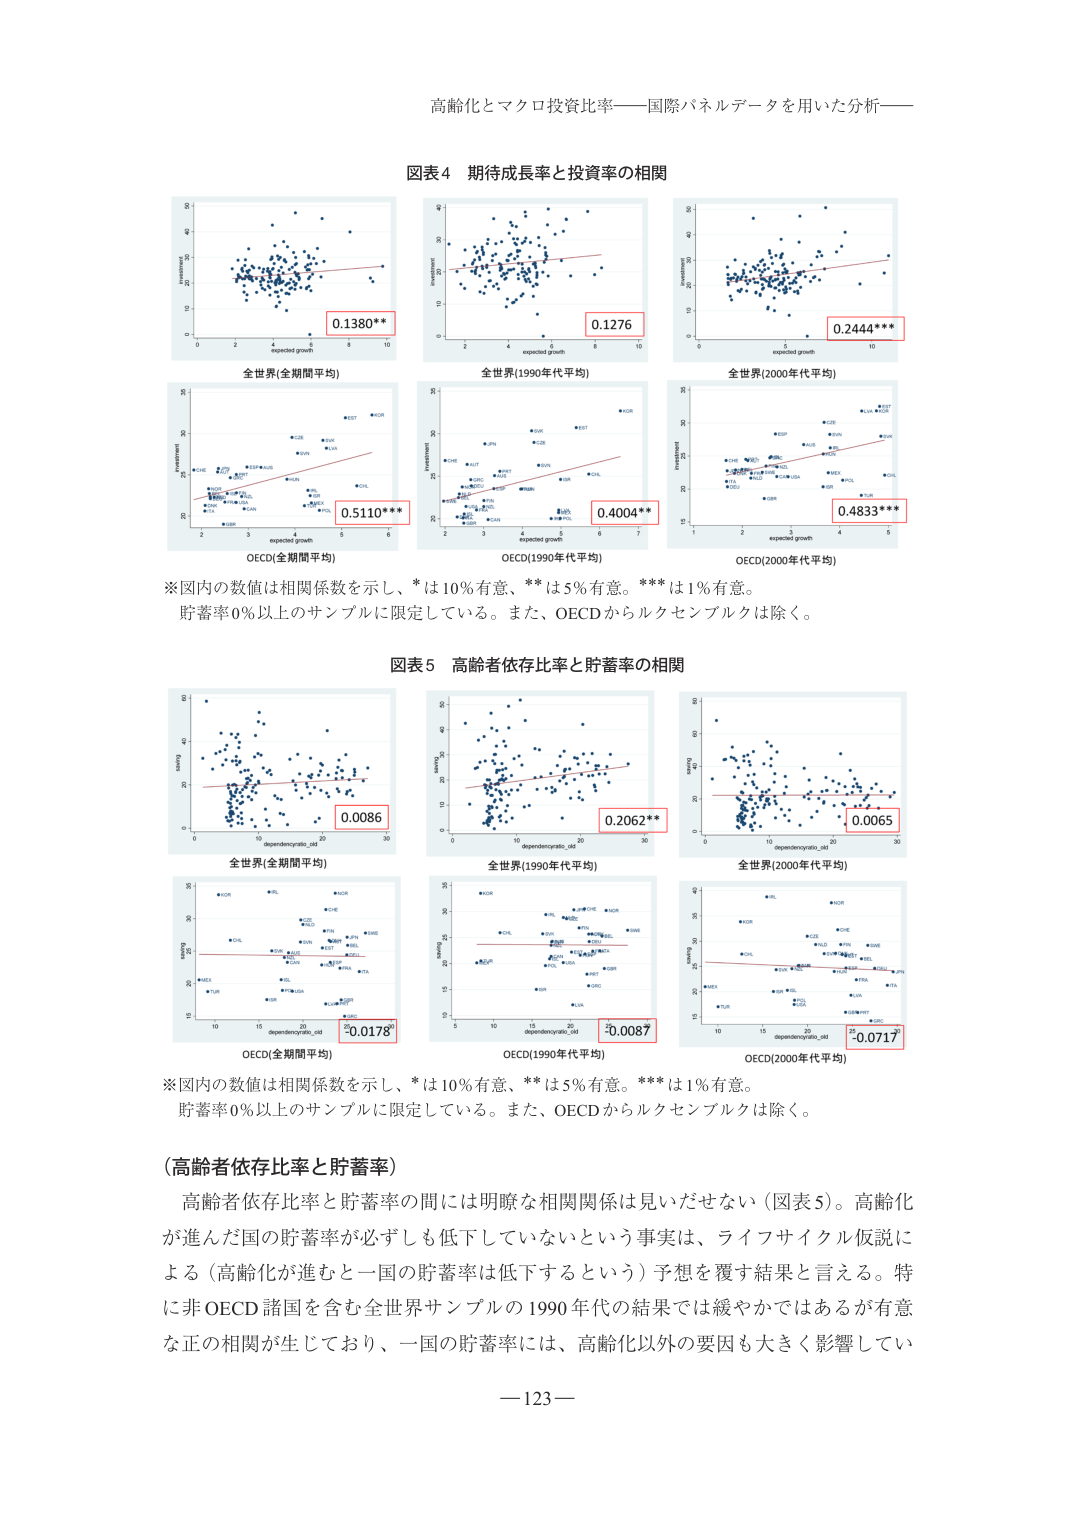
高齢化とマクロ投資比率――国際パネルデータを用いた分析――

図表4 期待成長率と投資率の相関

0.1380**
全世界(全期間平均)

0.1276
全世界(1990年代平均)

0.2444***
全世界(2000年代平均)

0.5110***
OECD(全期間平均)

0.4004**
OECD(1990年代平均)

0.4833***
OECD(2000年代平均)

※図内の数値は相関係数を示し、*は10%有意、**は5%有意。***は1%有意。
貯蓄率0%以上のサンプルに限定している。また、OECDからルクセンブルクは除く。

図表5 高齢者依存比率と貯蓄率の相関

0.0086
全世界(全期間平均)

0.2062**
全世界(1990年代平均)

0.0065
全世界(2000年代平均)

0.0178*
OECD(全期間平均)

0.0087
OECD(1990年代平均)

-0.0717*
OECD(2000年代平均)

※図内の数値は相関係数を示し、*は10%有意、**は5%有意。***は1%有意。
貯蓄率0%以上のサンプルに限定している。また、OECDからルクセンブルクは除く。

（高齢者依存比率と貯蓄率）
高齢者依存比率と貯蓄率の間には明瞭な相関関係は見いだせない（図表5）。高齢化が進んだ国の貯蓄率が必ずしも低下していないという事実は、ライフサイクル仮説による（高齢化が進むと一国の貯蓄率は低下するという）予想を覆す結果と言える。特に非OECD諸国を含む全世界サンプルの1990年代の結果では緩やかではあるが有意な正の相関が生じており、一国の貯蓄率には、高齢化以外の要因も大きく影響してい

―123―